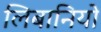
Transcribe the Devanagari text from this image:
लिबानियो